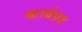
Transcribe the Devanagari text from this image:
कार्बप्रद